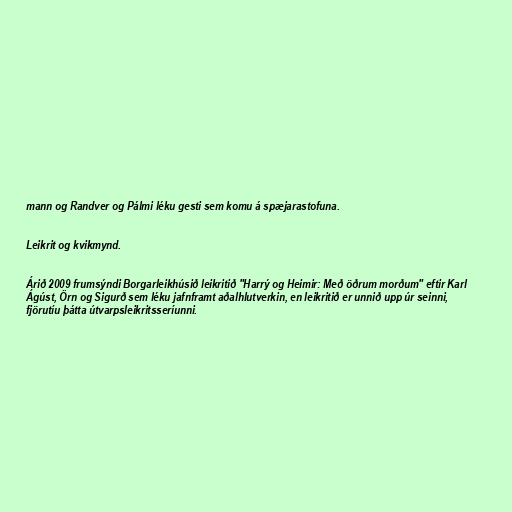
mann og Randver og Pálmi léku gesti sem komu á spæjarastofuna.

Leikrit og kvikmynd.

Árið 2009 frumsýndi Borgarleikhúsið leikritið "Harrý og Heimir: Með öðrum morðum" eftir Karl
Ágúst, Örn og Sigurð sem léku jafnframt aðalhlutverkin, en leikritið er unnið upp úr seinni,
fjörutíu þátta útvarpsleikritsseríunni.